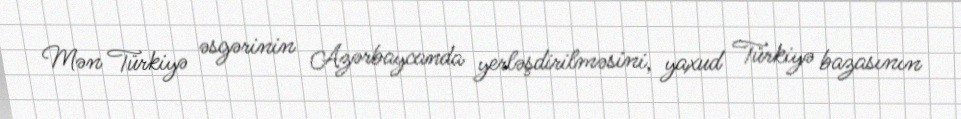
Mən Türkiyə əsgərinin Azərbaycanda yerləşdirilməsini, yaxud Türkiyə bazasının